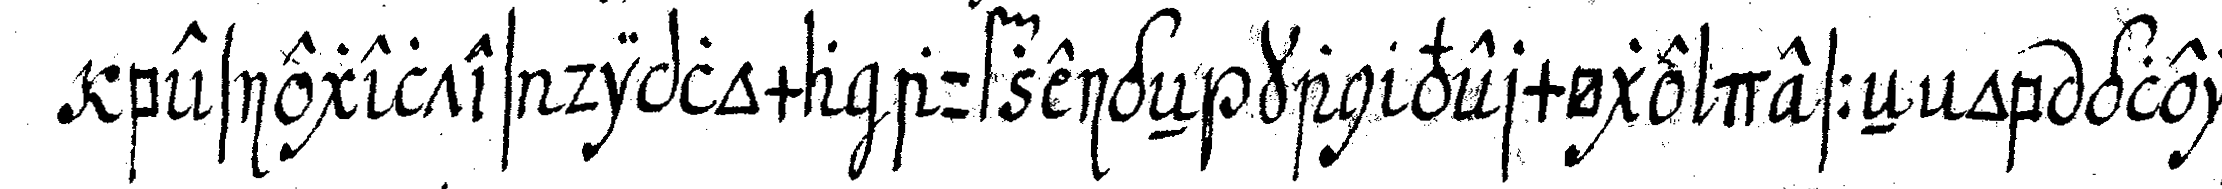
besiegeltes diploma aufzeigeN kan vermöge desseN ob gleich